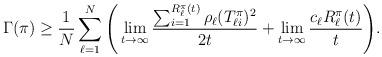
LaTeX: \begin{align*} \Gamma(\pi)&\ge\frac{1}{N}\sum_{\ell=1}^{N}\Bigg(\lim_{t\to\infty}\frac{\sum_{i=1}^{R_\ell^\pi(t)} \rho_\ell({T_{\ell i}^\pi})^2}{2t} +\lim_{t\to\infty}\frac{c_\ell R_\ell^\pi(t)}{t}\Bigg).\end{align*}